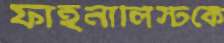
ফাইনালিস্টকে